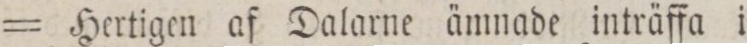
= Hertigen af Dalarne ämnade inträffa i